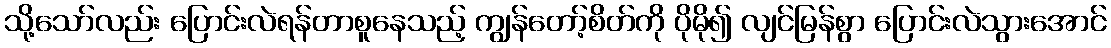
သို့သော်လည်း ပြောင်းလဲရန်တာစူနေသည့် ကျွန်တော့်စိတ်ကို ပိုမို၍ လျင်မြန်စွာ ပြောင်းလဲသွားအောင်